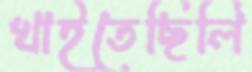
খাইতেছিলি